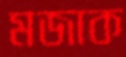
মজাক